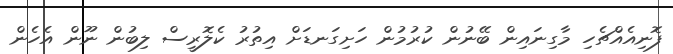
ފޮނިއެއްޗެހި މާގިނައިން ބޭނުން ކުރުމުން ހަށިގަނޑަށް އިތުރު ކެލޮރީސް ލިބުން ނޫން އެހެން